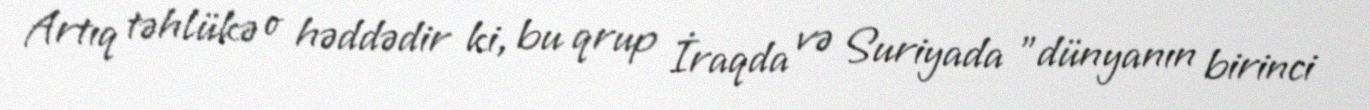
Artıq təhlükə o həddədir ki, bu qrup İraqda və Suriyada "dünyanın birinci